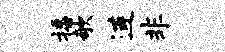
播欹连非